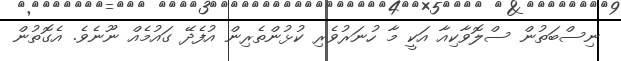
ނިސްބަތުން ސްލޮވާކިއާ އަކީ މާ ހުނަރުވެރި ކުޅުންތެރިން އުފެދޭ ގައުމެއް ނޫނެވެ. އެގޮތުން